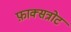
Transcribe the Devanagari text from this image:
फ़ाक्सत्रोट